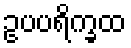
ဥပပရိက္ခထ